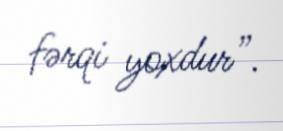
fərqi yoxdur”.